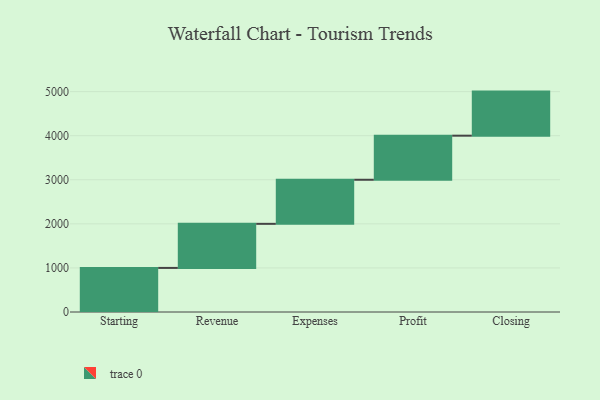
{"axis": {"x": "Step", "y": "Value"}, "legend": [""], "data": [{"x": "Starting", "y": 1000, "type": ""}, {"x": "Revenue", "y": 1000, "type": ""}, {"x": "Expenses", "y": 1000, "type": ""}, {"x": "Profit", "y": 1000, "type": ""}, {"x": "Closing", "y": 1000, "type": ""}]}